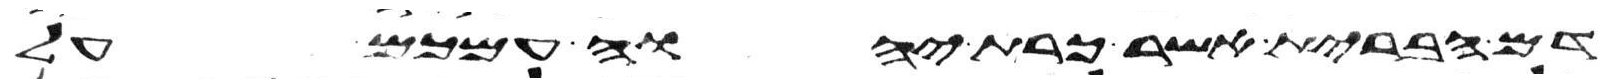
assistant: דם הברית אשר כרת יהוה עמכם על